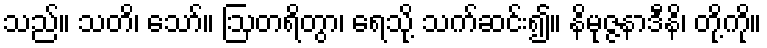
သည်။ သတိ၊ သော်။ ဩတရိတွာ၊ ရေသို့ သက်ဆင်း၍။ နိမုဇ္ဇနာဒီနိ၊ တို့ကို။